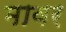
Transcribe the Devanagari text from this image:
मावर